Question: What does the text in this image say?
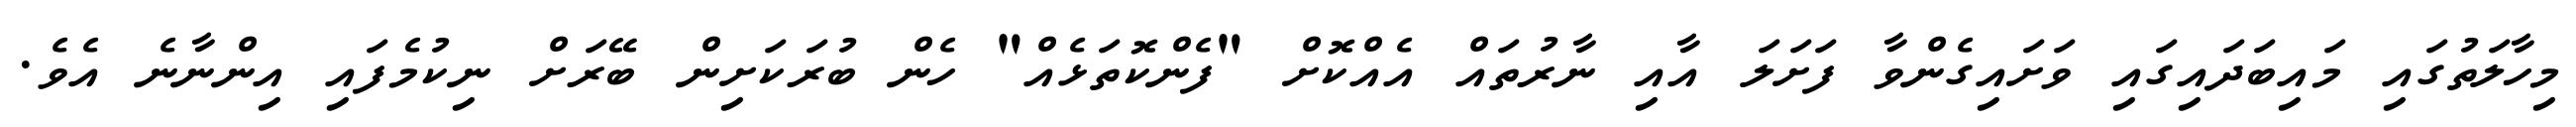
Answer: މިހާލަތުގައި މައިބަދައިގައި ވަށައިގެންވާ ފަށަލަ އާއި ނާރުތައް އެއްކޮށް "ފެންކޮތަޅެއް" ހެން ބުރަކަށިން ބޭރަށް ނިކުމެފައި އިންނާނެ އެވެ.